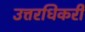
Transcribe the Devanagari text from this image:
उत्तरधिकरी